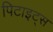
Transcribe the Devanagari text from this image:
पिटाइट्स